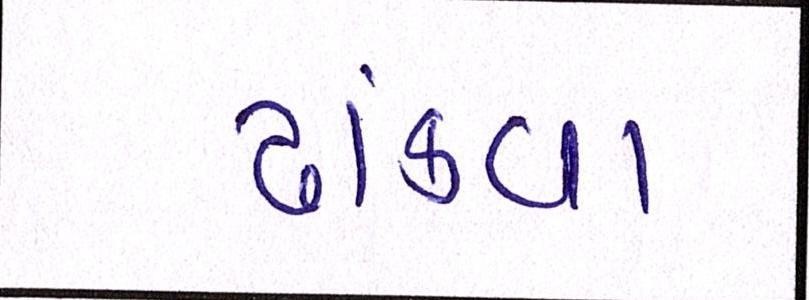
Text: ઢાંકવા